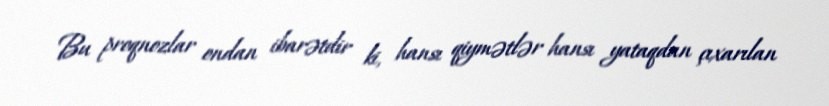
Bu proqnozlar ondan ibarətdir ki, hansı qiymətlər hansı yataqdan çıxarılan